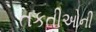
તકતીઓની